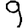
Digit: 9